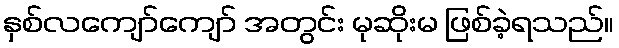
နှစ်လကျော်ကျော် အတွင်း မုဆိုးမ ဖြစ်ခဲ့ရသည်။